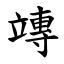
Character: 竱